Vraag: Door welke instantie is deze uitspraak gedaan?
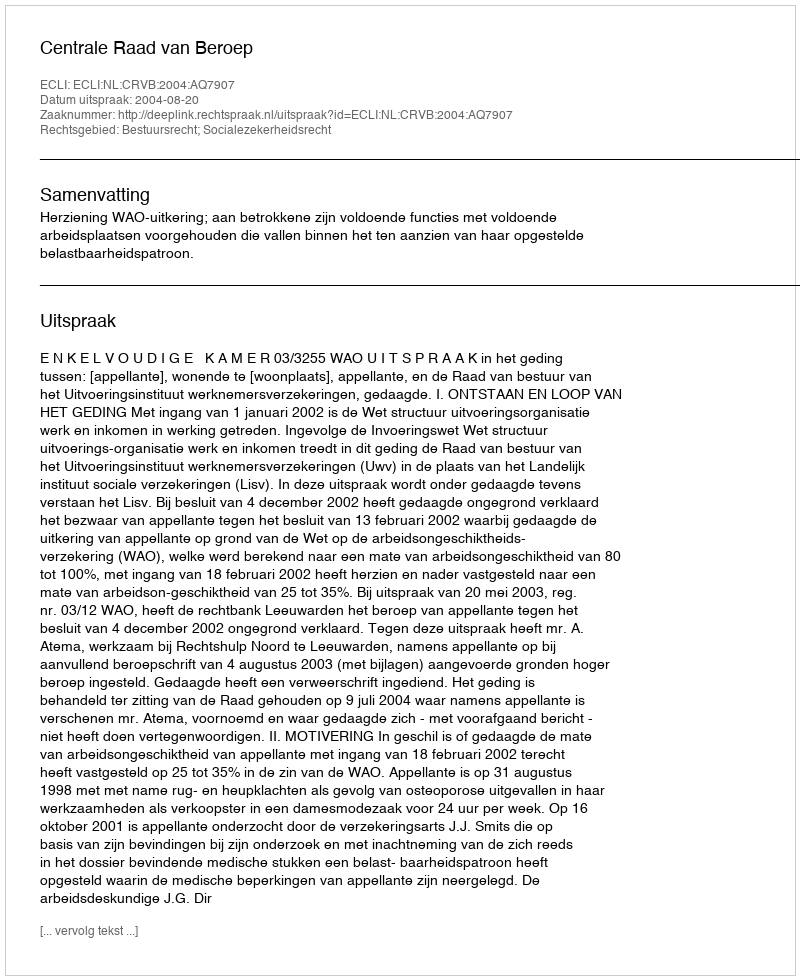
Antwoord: Centrale Raad van Beroep